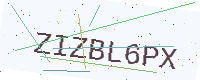
Text: ZIZBL6PX